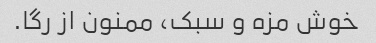
خوش مزه و سبک، ممنون از رگا.